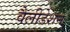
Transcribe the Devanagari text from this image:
वैलीडेशन